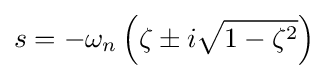
s=-\omega _{n}\left(\zeta \pm i{\sqrt {1-\zeta ^{2}}}\right)